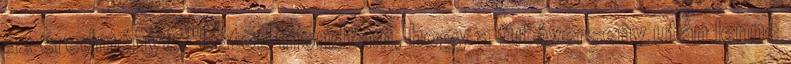
az eredményt. "Látod mondtam, hogy a futóverseny után lenne